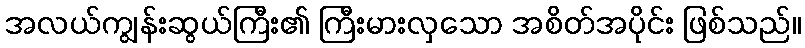
အလယ်ကျွန်းဆွယ်ကြီး၏ ကြီးမားလှသော အစိတ်အပိုင်း ဖြစ်သည်။